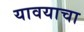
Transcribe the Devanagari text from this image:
यावयाचा